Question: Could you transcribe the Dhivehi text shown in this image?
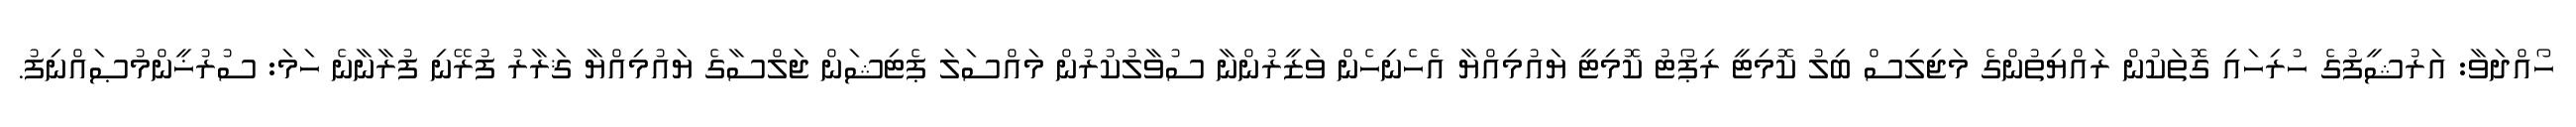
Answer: ހޯއްދަވާ: އަރުޝީފުގެ ހުރިހައި ގޮތަކުން ރައްޔިތުންގެ މަޖިލިސް ބިލު ކޮމިޓީ ރިޕޯޓު ކޮމިޓީ ޔައުމިއްޔާ އެހެނިހެން ވަޒީރުންނާ ސުވާލުކުރުން މައްސަލަ ޕެޓިޝަން ޖަލްސާގެ ޔައުމިއްޔާ ޤަރާރު ފުރޭނި ފުރާނާނެ ހަމަ: ސުރުޚީންމުޞައްނިފު.